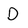
Character: D